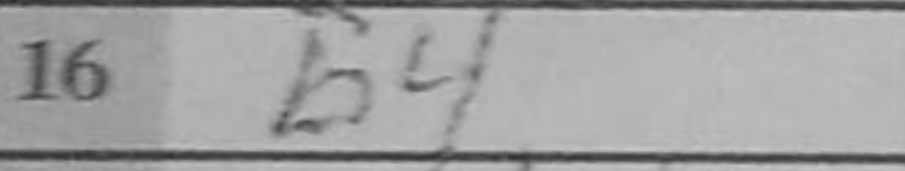
Transcription: b4